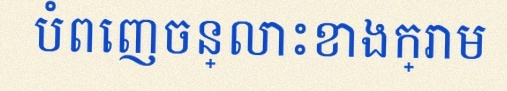
បំពេញចន្លោះខាងក្រោម